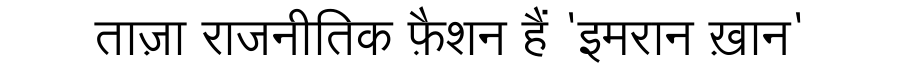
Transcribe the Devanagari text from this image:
ताज़ा राजनीतिक फ़ैशन हैं 'इमरान ख़ान'